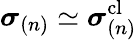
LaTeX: \boldsymbol{\sigma}_{(n)}\simeq\boldsymbol{\sigma}_{(n)}^{\mathrm{cl}}